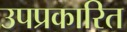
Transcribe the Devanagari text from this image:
उपप्रकारित